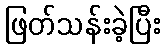
ဖြတ်သန်းခဲ့ပြီး